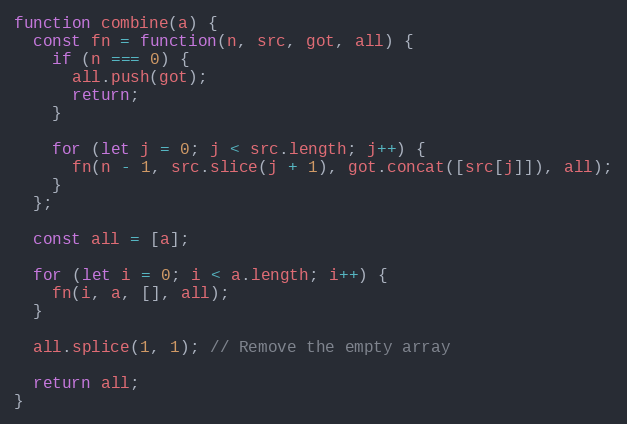
Language: JavaScript
function combine(a) {
  const fn = function(n, src, got, all) {
    if (n === 0) {
      all.push(got);
      return;
    }

    for (let j = 0; j < src.length; j++) {
      fn(n - 1, src.slice(j + 1), got.concat([src[j]]), all);
    }
  };

  const all = [a];

  for (let i = 0; i < a.length; i++) {
    fn(i, a, [], all);
  }

  all.splice(1, 1); // Remove the empty array

  return all;
}